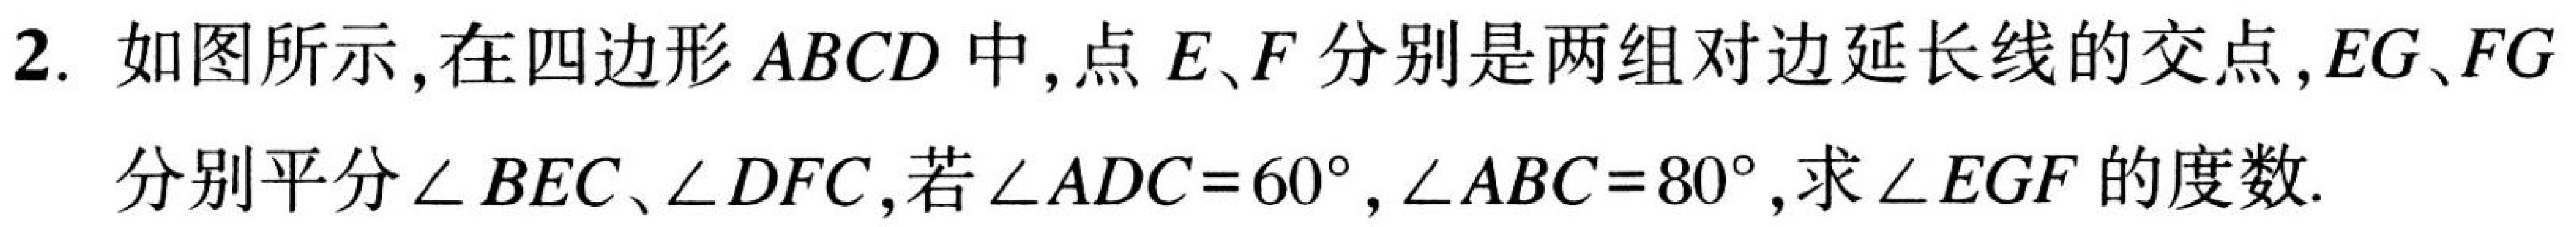
2. 如图所示, 在四边形 \(ABCD\) 中, 点 \(E、F\) 分别是两组对边延长线的交点, \(EG、FG\) 分别平分 \(\angle BEC\)、\(\angle DFC\), 若 \(\angle ADC = 60^{\circ}\), \(\angle ABC = 80^{\circ}\), 求 \(\angle EGF\)的度数.